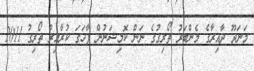
މަނަދޫ ދާއިރާގެ މެންބަރު ތޯރިގުގެ ނަން ކޮމިޝަނުން ފާހަގަ ކުރާއިރު ތޯރިގު 2011